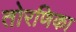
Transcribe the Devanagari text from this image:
तोरणिका